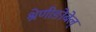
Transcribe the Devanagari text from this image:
श्रेणीङोबेल्